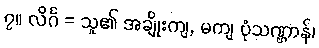
၇။ လိင်္ဂ = သူ၏ အချိုးကျ, မကျ ပုံသဏ္ဌာန်၊